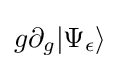
g\partial _{g}|\Psi _{\epsilon }\rangle